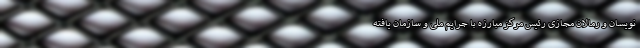
نویسان و رمالان مجازی رئیس مرکز مبارزه با جرایم ملی و سازمان یافته